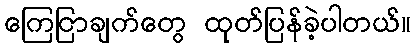
ကြေငြာချက်တွေ ထုတ်ပြန်ခဲ့ပါတယ်။